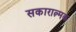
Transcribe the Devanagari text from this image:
सकारात्न्मक